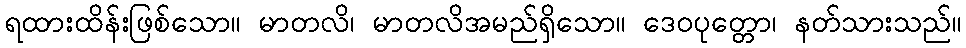
ရထားထိန်းဖြစ်သော။ မာတလိ၊ မာတလိအမည်ရှိသော။ ဒေဝပုတ္တော၊ နတ်သားသည်။